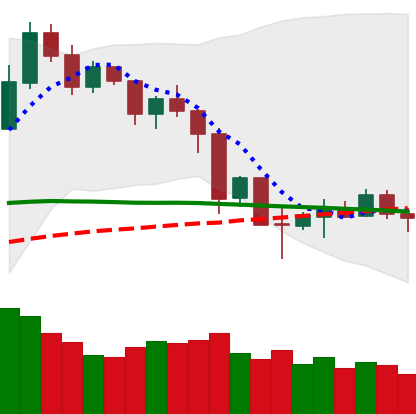
Ticker: NEO-USD
Chart end date: 2019-12-01
Forward return: -5.608%
Label: down_5_7